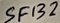
Text: SF132